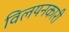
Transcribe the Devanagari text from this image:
विलयनकारी